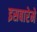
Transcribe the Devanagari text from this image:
इसबारेमे